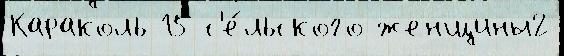
Караколь 15 с'е́льского женщины2